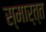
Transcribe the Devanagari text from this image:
स्मार्त्त